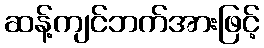
ဆန့်ကျင်ဘက်အားဖြင့်